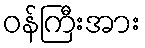
ဝန်ကြီးအား